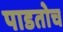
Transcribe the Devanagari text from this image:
पाडतोच